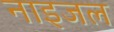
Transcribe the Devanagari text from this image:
नाइजल